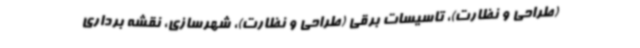
(طراحی و نظارت)، تاسیسات برقی (طراحی و نظارت)، شهرسازی، نقشه برداری